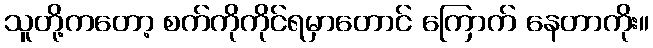
သူတို့ကတော့ စက်ကိုကိုင်ရမှာတောင် ကြောက် နေတာကိုး။